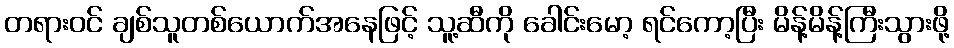
တရားဝင် ချစ်သူတစ်ယောက်အနေဖြင့် သူ့ဆီကို ခေါင်းမော့ ရင်ကော့ပြီး မိန့်မိန့်ကြီးသွားဖို့